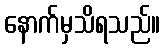
နောက်မှသိရသည်။